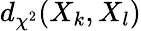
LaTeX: d_{\chi^{2}}(X_{k},X_{l})